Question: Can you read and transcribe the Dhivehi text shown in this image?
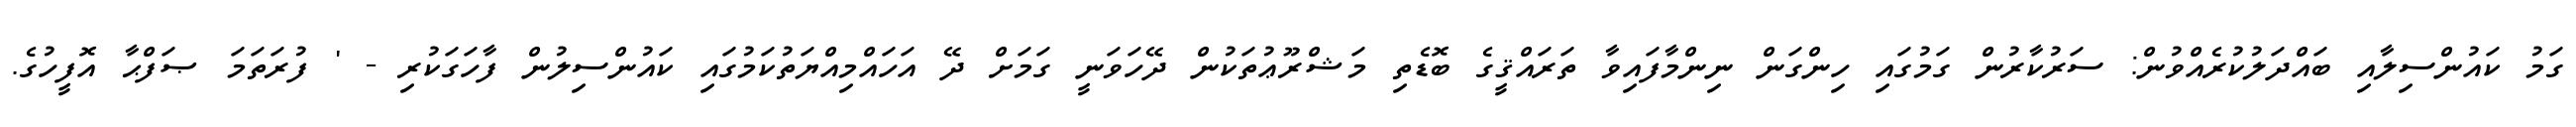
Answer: ގަމު ކައުންސިލާއި ބައްދަލުކުރެއްވުން: ސަރުކާރުން ގަމުގައި ހިންގަން ނިންމާފައިވާ ތަރައްޤީގެ ބޮޑެތި މަޝްރޫޢުތަކުން ދޭހަވަނީ ގަމަށް ދޭ އަހައްމިއްޔަތުކަމުގައި ކައުންސިލުން ފާހަގަކުރި - ' ފުރަތަމަ ޞަފްޙާ އޮފީހުގެ.